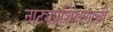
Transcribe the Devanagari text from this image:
नाट्यप्रशिक्षणाची